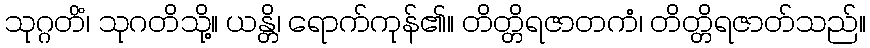
သုဂ္ဂတိံ၊ သုဂတိသို့။ ယန္တိ၊ ရောက်ကုန်၏။ တိတ္တိရဇာတကံ၊ တိတ္တိရဇာတ်သည်။